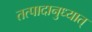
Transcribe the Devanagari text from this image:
तत्पादानुध्यात्